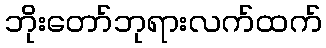
ဘိုးတော်ဘုရားလက်ထက်